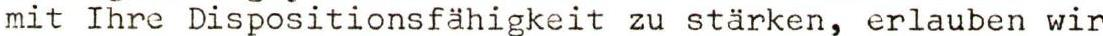
mit Ihre Dispositionsfähigkeit zu stärken, erlauben wir